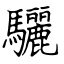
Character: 驪